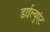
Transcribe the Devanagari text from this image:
डाईल्युएंट